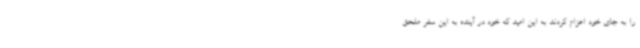
را به جای خود اعزام کردند به این امید که خود در آینده به این سفر ملحق